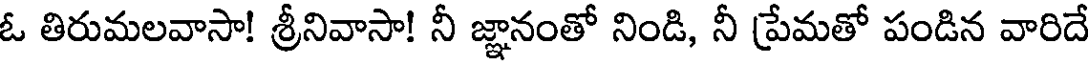
ఓ తిరుమలవాసా! శ్రీనివాసా! నీ జ్ఞానంతో నిండి, నీ ప్రేమతో పండిన వారిదే